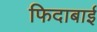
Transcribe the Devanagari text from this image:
फिदाबाई